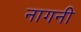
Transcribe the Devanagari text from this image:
नागनी